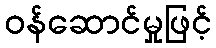
ဝန်ဆောင်မှုဖြင့်